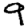
Digit: 9